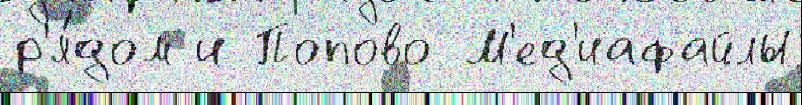
р'я́дом и Попово М'ед'иафайлы